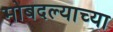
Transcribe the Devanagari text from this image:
मोबदल्याच्या